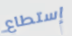
إستطاع